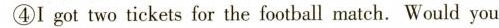
④I got two tickets for the football match. Would you